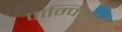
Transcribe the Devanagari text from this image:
पाम्पिआई